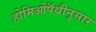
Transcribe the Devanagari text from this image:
होमिओपॅथीनुसार